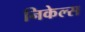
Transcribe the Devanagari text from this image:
निकेल्स